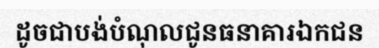
ដូចជាបង់បំណុលជូនធនាគារឯកជន